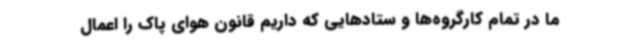
ما در تمام کارگروه‌ها و ستادهایی که داریم قانون هوای پاک را اعمال